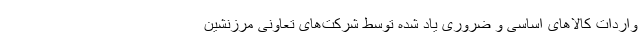
واردات کالا‌های اساسی و ضروری یاد شده توسط شرکت‌های تعاونی مرزنشین